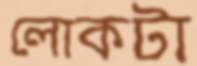
লোকটা